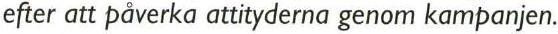
efter att påverka attityderna genom kampanjen.